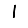
Digit: 1